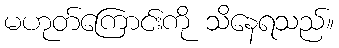
မဟုတ်ကြောင်းကို သိနေရသည်။